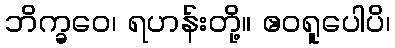
ဘိက္ခဝေ၊ ရဟန်းတို့။ ဧဝရူပေါပိ၊